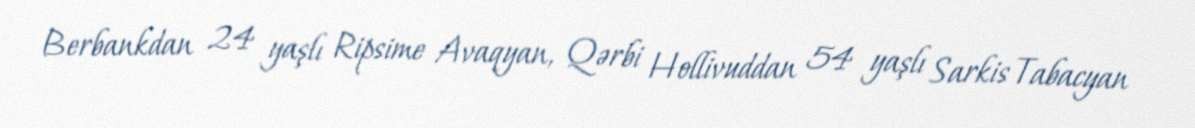
Berbankdan 24 yaşlı Ripsime Avaqyan, Qərbi Hollivuddan 54 yaşlı Sarkis Tabacyan